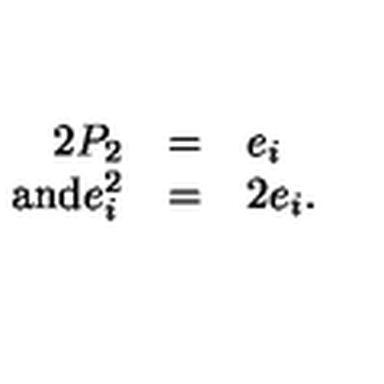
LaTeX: \begin{array} { r l l } { 2 P _ { 2 } } & { = } & { e _ { i } } \\ { \mathrm { a n d } e _ { i } ^ { 2 } } & { = } & { 2 e _ { i } . } \\ \end{array}